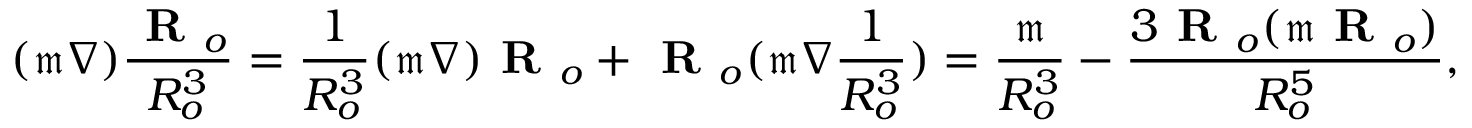
( \mathfrak { m } \nabla ) \frac { \textbf { R } _ { o } } { R _ { o } ^ { 3 } } = \frac { 1 } { R _ { o } ^ { 3 } } ( \mathfrak { m } \nabla ) \textbf { R } _ { o } + \textbf { R } _ { o } ( \mathfrak { m } \nabla \frac { 1 } { R _ { o } ^ { 3 } } ) = \frac { \mathfrak { m } } { R _ { o } ^ { 3 } } - \frac { 3 \textbf { R } _ { o } ( \mathfrak { m } \textbf { R } _ { o } ) } { R _ { o } ^ { 5 } } ,